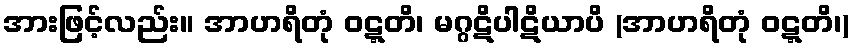
အားဖြင့်လည်း။ အာဟရိတုံ ဝဋ္ဋတိ၊ မဂ္ဂဋိပါဋိယာပိ (အာဟရိတုံ ဝဋ္ဋတိ၊)